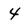
Character: 4